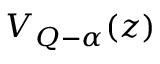
V _ { Q - \alpha } ( z )